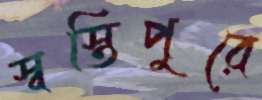
স্বস্তিপুরে